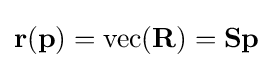
{\bf {r}}({\boldsymbol {\bf {p}}})=\operatorname {vec} ({\bf {R}})={\bf {S}}{\boldsymbol {\bf {p}}}